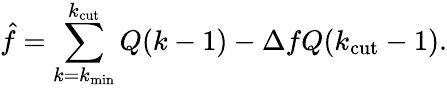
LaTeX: \hat{f}=\sum_{k=k_{\mathrm{min}}}^{k_{\mathrm{cut}}}Q(k-1)-\Delta fQ(k_{\mathrm{cut}}-1).